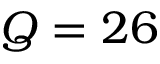
Q = 2 6